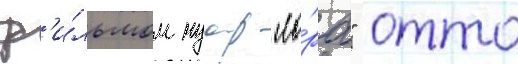
ф'и́льмом нуар "ло́ра" отто